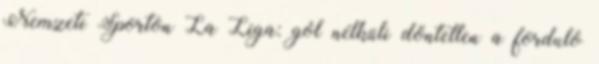
Nemzeti Sporton La Liga: gól nélküli döntetlen a forduló